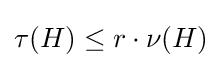
\tau (H)\leq r\cdot \nu (H)